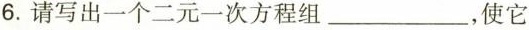
6.请写出一个二元一次方程组_，使它